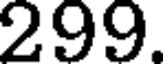
299.